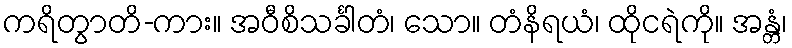
ကရိတွာတိ-ကား။ အဝီစိသင်္ခါတံ၊ သော။ တံနိရယံ၊ ထိုငရဲကို။ အန္တံ၊